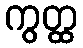
ကွတ္ထ